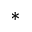
^ \ast